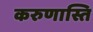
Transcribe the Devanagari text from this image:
करुणास्ति